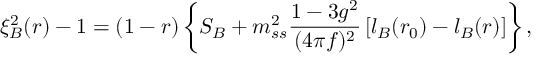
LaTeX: \xi _ { B } ^ { 2 } ( r ) - 1 = ( 1 - r ) \left\{ S _ { B } + m _ { s s } ^ { 2 } \frac { 1 - 3 g ^ { 2 } } { ( 4 \pi f ) ^ { 2 } } \left[ l _ { B } ( r _ { 0 } ) - l _ { B } ( r ) \right] \right\} ,